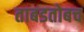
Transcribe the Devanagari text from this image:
ताबडतोबच